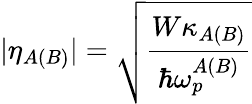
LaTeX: |\eta_{A(B)}|=\sqrt{\frac{W\kappa_{A(B)}}{\hbar\omega_{p}^{A(B)}}}